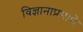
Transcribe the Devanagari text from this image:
विज्ञानाप्रमाणे